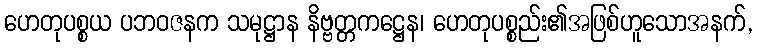
ဟေတုပစ္စယ ပဘဝဇနက သမုဋ္ဌာန နိဗ္ဗတ္တကဋ္ဌေန၊ ဟေတုပစ္စည်း၏အဖြစ်ဟူသောအနက်,